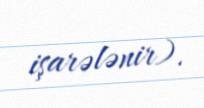
işarələnir).